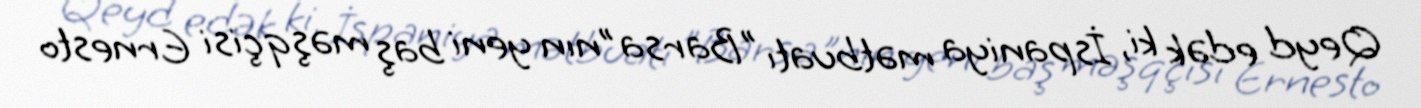
Qeyd edək ki, İspaniya mətbuatı "Barsa"nın yeni baş məşqçisi Ernesto